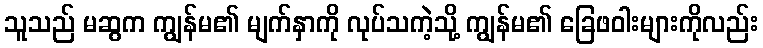
သူသည် မဆွက ကျွန်မ၏ မျက်နှာကို လုပ်သကဲ့သို့ ကျွန်မ၏ ခြေဖဝါးများကိုလည်း